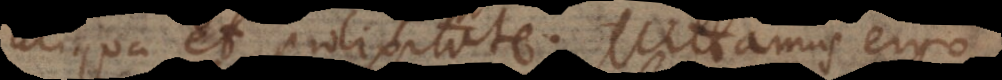
aliqua et prolixitate. Mittamus ergo